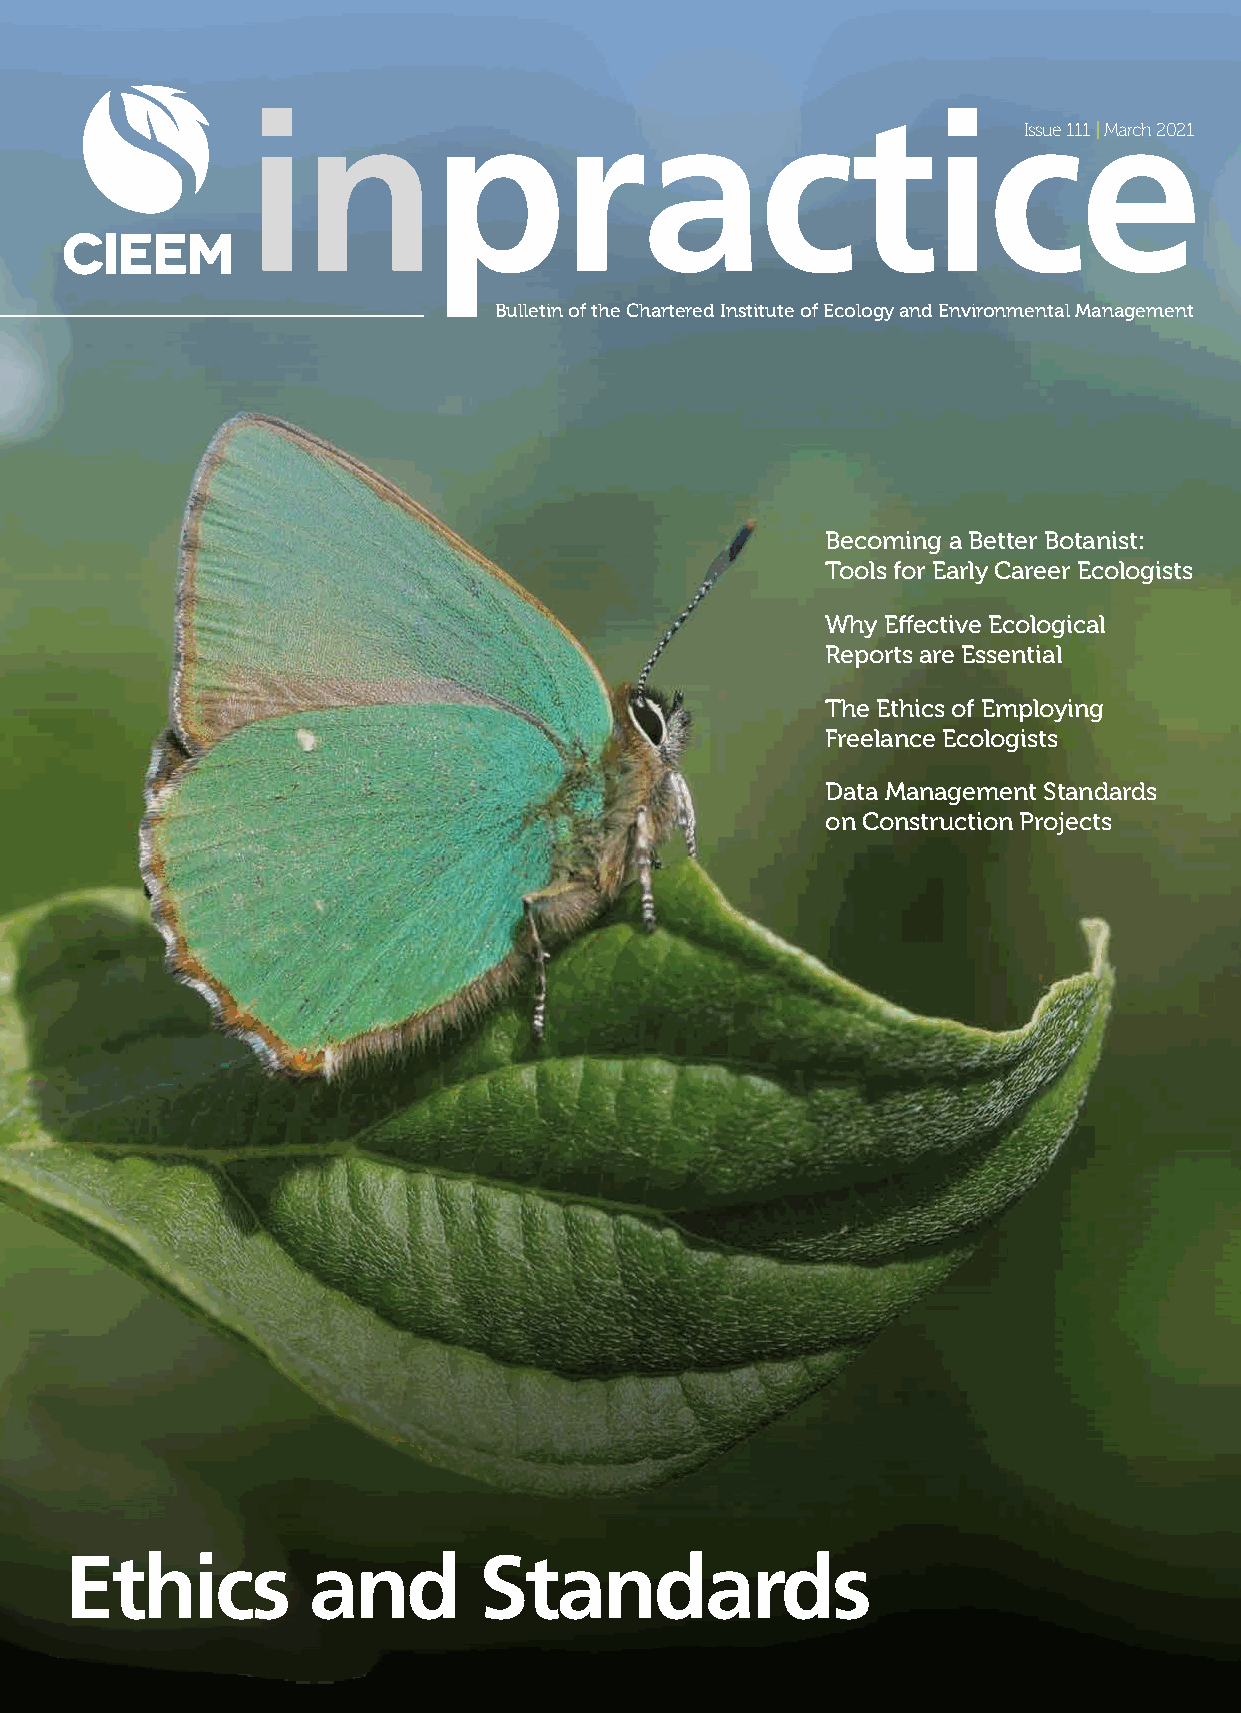
inpractice
 Issue 111 | March 2021
 Bulletin of the Chartered Institute of Ecology and Environmental Management
 Becoming a Better Botanist:
 Tools for Early Career Ecologists
 Why Effective Ecological
 Reports are Essential
 The Ethics of Employing
 Freelance Ecologists
 Data Management Standards
 on Construction Projects
 Ethics          and         Standards